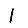
Digit: 1